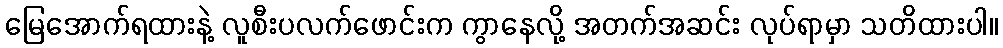
မြေအောက်ရထားနဲ့ လူစီးပလက်ဖောင်းက ကွာနေလို့ အတက်အဆင်း လုပ်ရာမှာ သတိထားပါ။